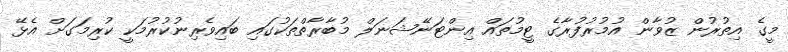
މީގެ އިތުރުން ޒުވާން އުމުރުފުރާގެ ޓީމުތައް އިންޓަނޭޝަނަލް މުބާރާތްތަކުގައި ބައިވެރިނުކުރުމަކީ ކުރިމަގަށް އެޅޭ